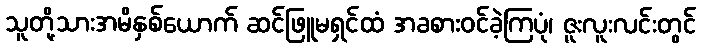
သူတို့သားအမိနှစ်ယောက် ဆင်ဖြူမရှင်ထံ အခစားဝင်ခဲ့ကြပုံ၊ ဇူးလူးလင်းတွင်